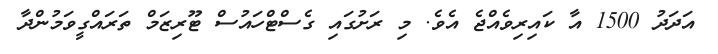
އަދަދު 1500 އާ ކައިރިވެއްޖެ އެވެ. މި ރަށުގައި ގެސްޓްހައުސް ޓޫރިޒަމް ތަރައްގީވަމުންދާ